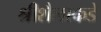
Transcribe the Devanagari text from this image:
श्रीशैलाकडे